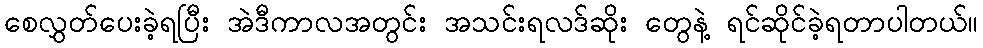
စေလွှတ်ပေးခဲ့ရပြီး အဲဒီကာလအတွင်း အသင်းရလဒ်ဆိုး တွေနဲ့ ရင်ဆိုင်ခဲ့ရတာပါတယ်။